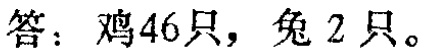
答：鸡46只，兔 2只。